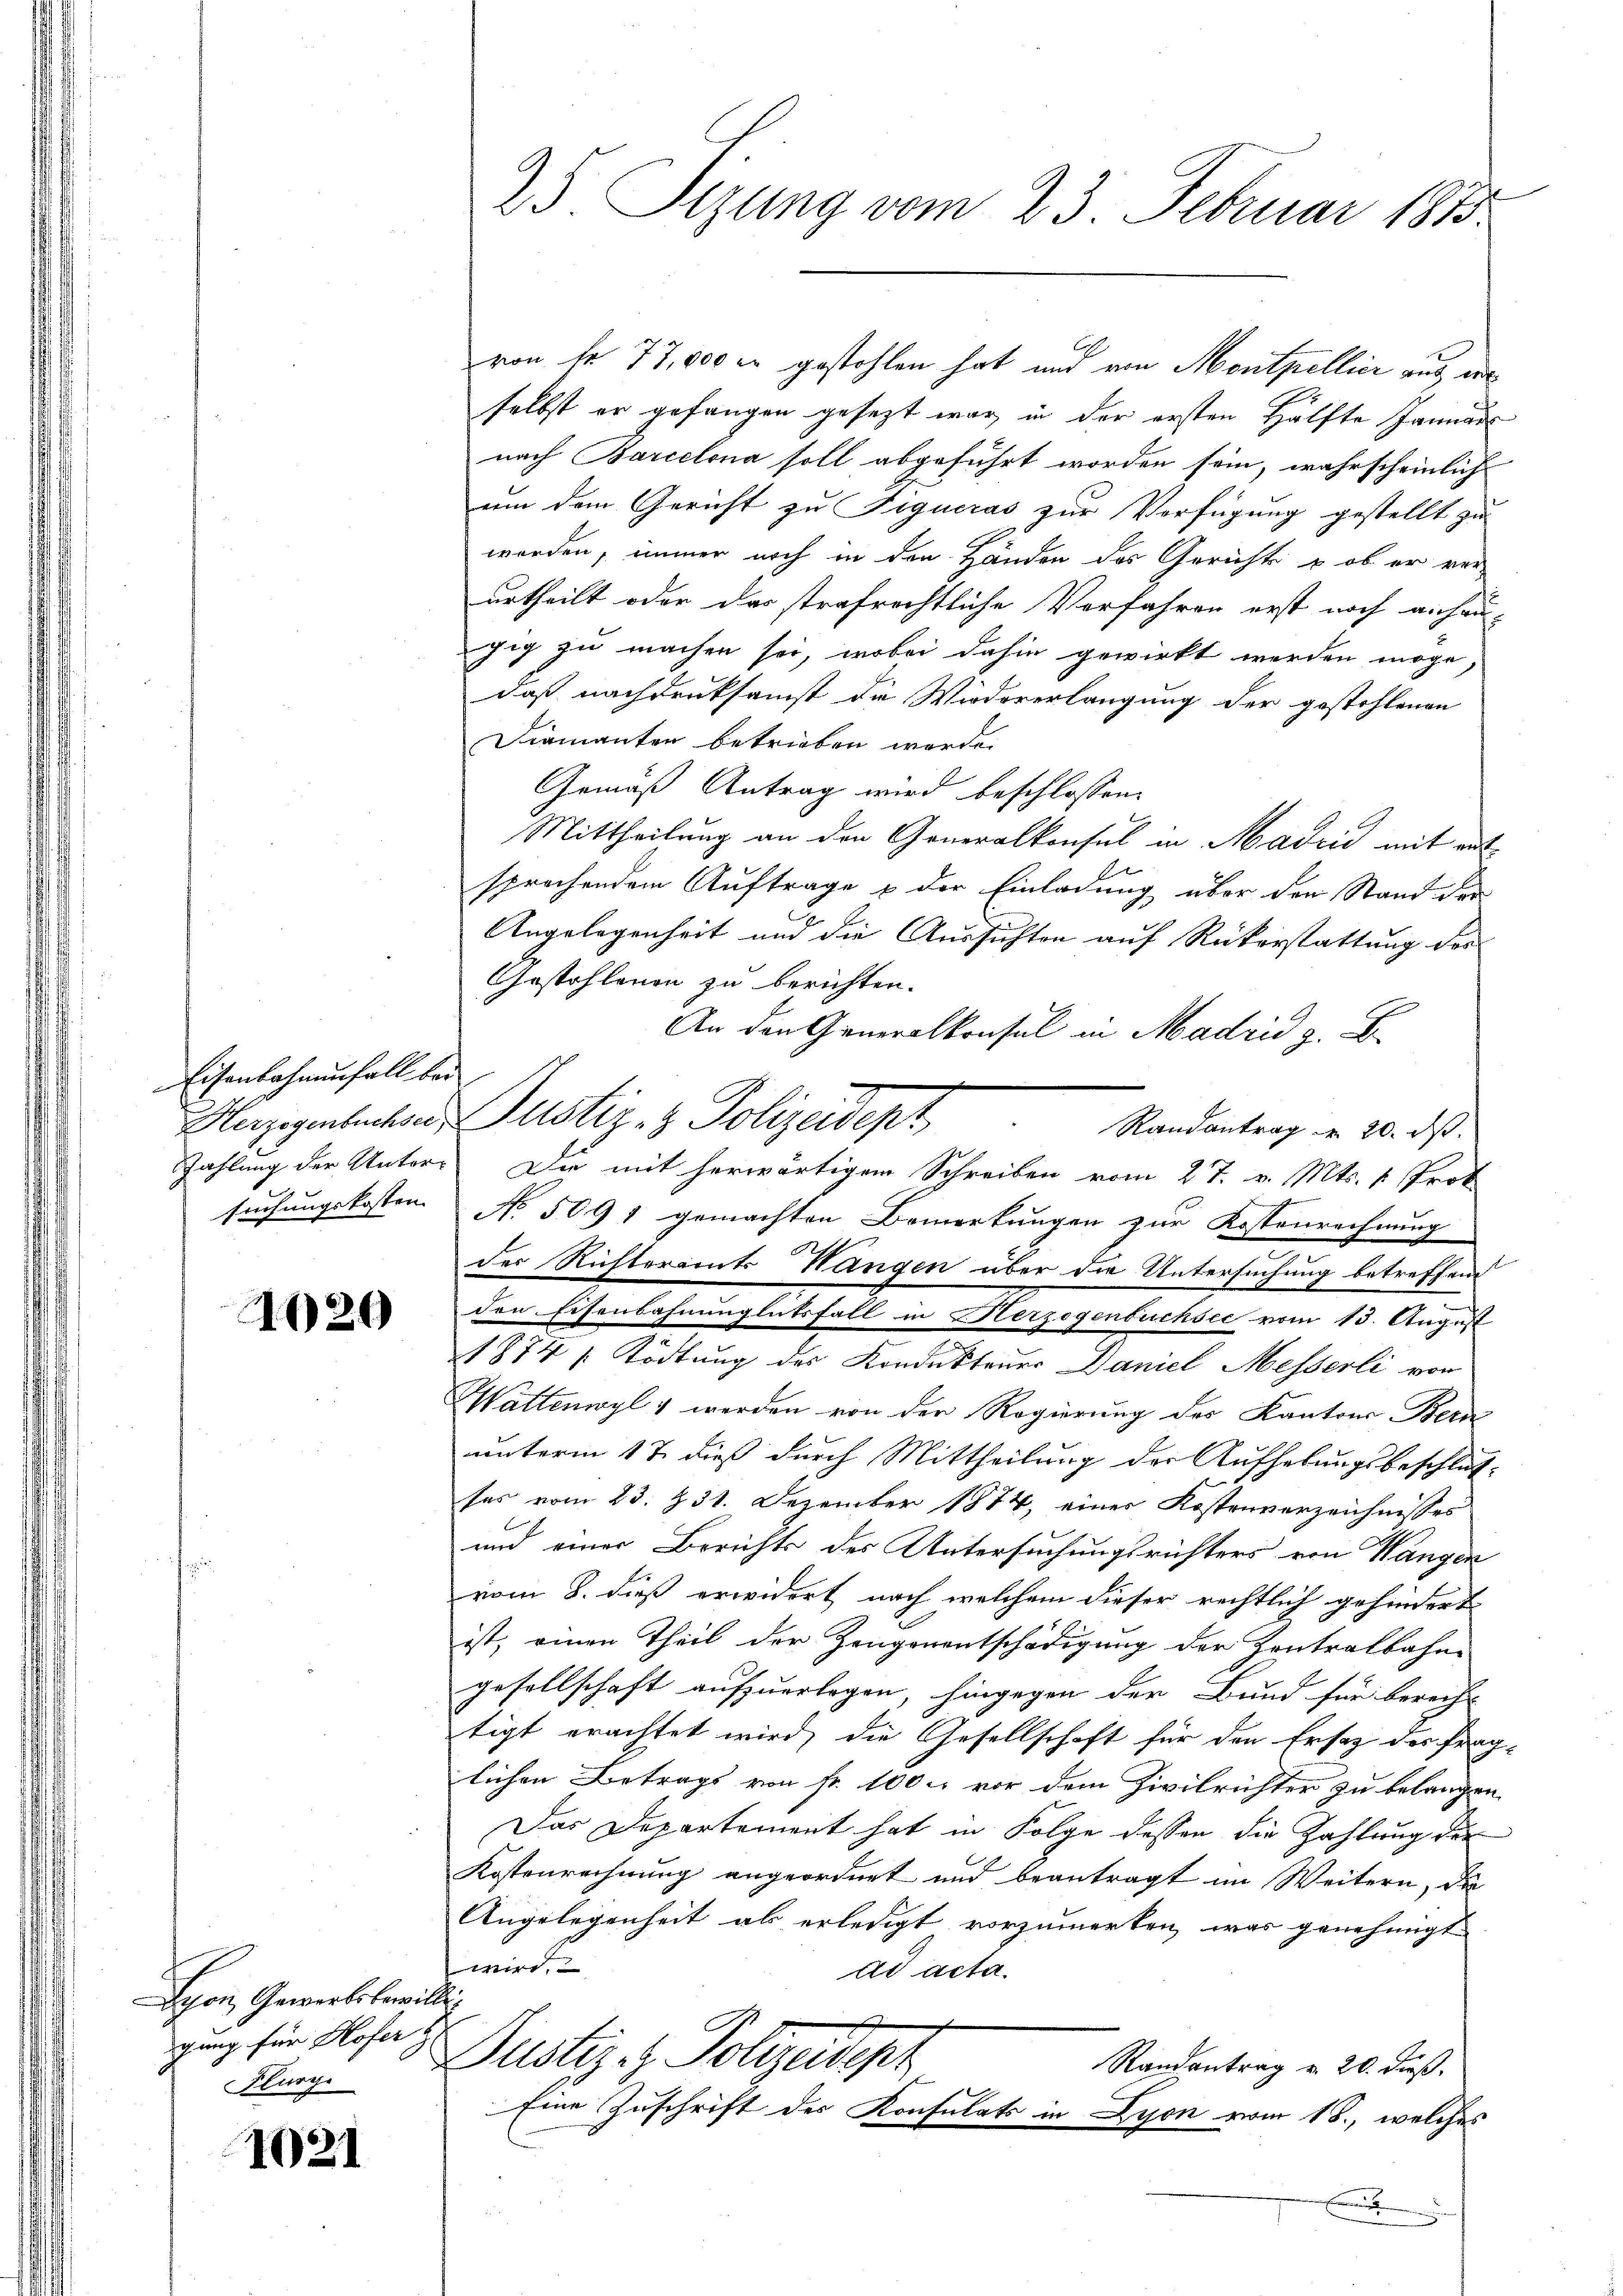
Eisenbahnenfall bei
Herzogenbüchsee
Zahlung der Untersuchungskosten

1020

Schon, Gewerksbewille
gung für Hofer z
s
Flurge

1021

25. Sizung vom 23. Februar 1873.

von fr. 77,000 er gestohlen hat und von Montpellier aus de
selbst er gefangen gesezt war, in der ersten Hälfte Januar
nach Barcelona soll abgeführt worden sein, wahrscheinlich
um dem Gericht zu Tigueras zur Verfügung gestellt zu
worden, immer noch in den Händen des Gerichts & ob er ver-
urtheilt oder das strafrechtliche Vorfahren erst noch anhau-
zig zu machen sei, wobei dahin gewirkt werden möge,
daß nachdruksamst die Wiedererlangung der gestohlenen
Diamanten betrieben werde.
Gemäß Antrag wird beschlossen
Mittheilung an den Generalkonsul in Madrid mit entsprochendem Auftrage & der Einladung über den Stand der
Angelegenheit und die Aussichten auf Rükerstattung des
Gestohlenen zu berichten.
An den Generalkonsul in Madrid z. B.
Justiz- & Polizeidept
Randantrag u. 20. ds.
Die mit herwärtigem Schreiben vom 27. v. Mts. 1 Trot
NNo. 5091 gemachten Bemerkungen zur Kostenrechnung
der Richteramts Wangen über die Untersuchung betreffend
den Eisenbahnunglücksfall in Herzogenbuchsee vom 13. August
21874 Tödtung des Konduktener Daniel Messerli von
Wattenwyl & werden von der Regierung des Kantons Bern
unterm 12 dieß durch Mittheilung der Aufhebungsbeschlußsas vom 23. § 31. Dezember 1874, einer Kostenverzeichnisses
und einer Berichts des Untersuchungsrichters von Wangen
vom 8. dieß erwidert noch welchem dieser rechtlich gehindert
ist; einen Theil der Zeugenentschädigung der Zentralbahne
gesellschaft aufzuerlegen, hingegen der Bund für berecht
tigt erachtet wird, die Gesellschaft für den Ersatz des frag-
lichen Betrags von Fr. 100 l. vor dem Zivilrichter zu belangen
Das Departement hat in Folge dessen die Zahlung der
Kostenrechnung angeordnet und beantragt im Weitern, die
Angelegenheit ab erledigt vorzumerken, was genehmigt
wird.
ad acta.
Pustiz- & Polizeidept
Randantrag v. 20. dieß,
Eine Zuschrift des Konsulats in Lyon vom 18., welches
.